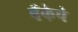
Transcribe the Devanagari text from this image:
बॅँकेचे